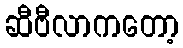
ဆီဗီလာကတော့